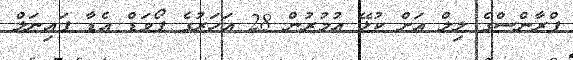
ފްރާންސްގެ ލިލް އަށް ކުޅޭ އުމުރުން 28 އަހަރުގެ ފޯވަޑް އެޑާ ފައިނަލް